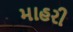
માહરી